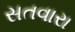
સતવારા